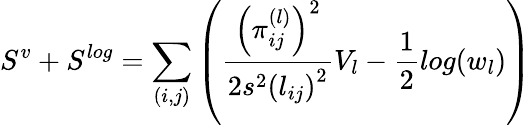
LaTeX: S^{v}+S^{log}=\sum_{(i,j)}\left(\frac{\left(\pi_{ij}^{(l)}\right)^{2}}{2s^{2}\left(l_{ij}\right)^{2}}V_{l}-\frac{1}{2}log(w_{l})\right)